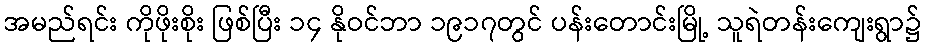
အမည်ရင်း ကိုဖိုးစိုး ဖြစ်ပြီး ၁၄ နိုဝင်ဘာ ၁၉၁၇တွင် ပန်းတောင်းမြို့ သူရဲတန်းကျေးရွာ၌